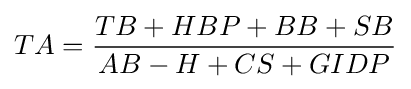
TA={\frac {TB+HBP+BB+SB}{AB-H+CS+GIDP}}